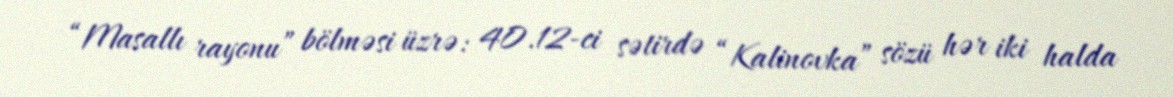
“Masallı rayonu” bölməsi üzrə: 40.12-ci sətirdə “Kalinovka” sözü hər iki halda